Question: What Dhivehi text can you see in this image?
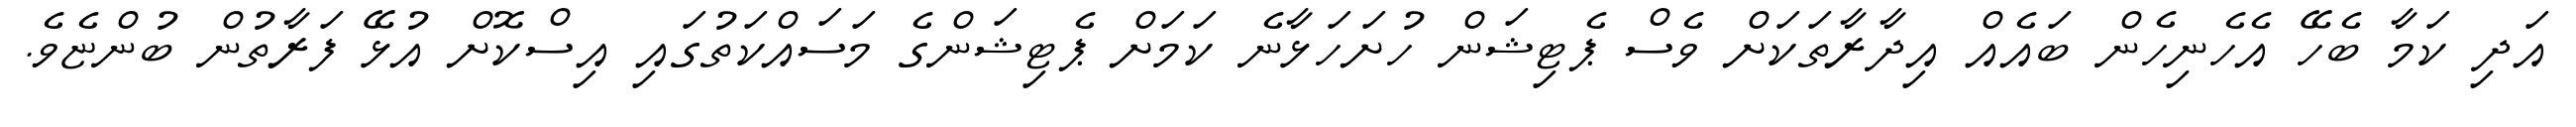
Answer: އަދި ކަމާ ބެހޭ އެހެނިހެން ބައެއް އިދާރާތަކަށް ވެސް ޕެޓިޝަން ހުށަހަޅާނެ ކަމަށް ޕެޓިޝަންގެ މަސައްކަތުގައި އިސްކޮށް އުޅޭ ފަރާތުން ބުންޏެވެ.